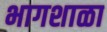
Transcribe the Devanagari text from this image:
भागशाळा